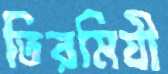
তিরমিযী